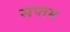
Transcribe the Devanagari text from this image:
सप्‍तम